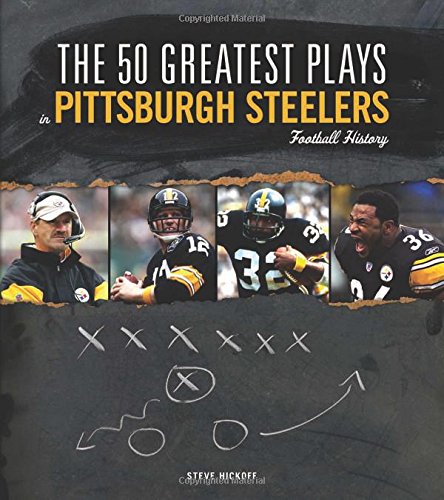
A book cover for The 50 Greatest Plays in Pittsburgh Steelers Football History (50 Greatest Plays the 50 Greatest Plays); Steve Hickoff; Travel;